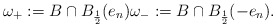
\begin{align*}\omega_+:= {B}\cap B_\frac{1}{2}(e_n)\omega_-:= {B}\cap B_\frac{1}{2}(-e_n). \end{align*}